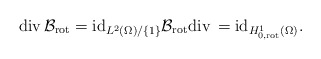
\begin{align*}\mathrm{div}\, \mathcal{B}_{\mathrm{rot}} = \mathrm{id}_{L^{2}(\Omega)/\{1\}} \mathcal{B}_{\mathrm{rot}} \mathrm{div}\, = \mathrm{id}_{H^{1}_{0, \mathrm{rot}}(\Omega)}. \end{align*}